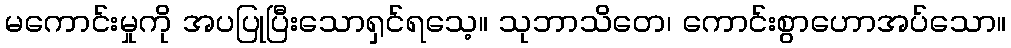
မကောင်းမှုကို အပပြုပြီးသောရှင်ရသေ့။ သုဘာသိတေ၊ ကောင်းစွာဟောအပ်သော။